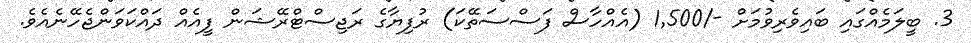
3. ބީލަމެއްގައި ބައިވެރިވުމަށް -/1